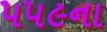
૫૫૯ના